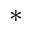
\ast